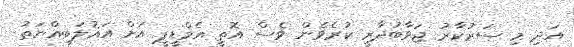
އަދި މި ސަރުކާރު ޖަވާބުދާރީ ކުރެވެން ވެސް އޮތީ އެމްޑީޕީ އަށް އަޣުލަބިއްޔަތު